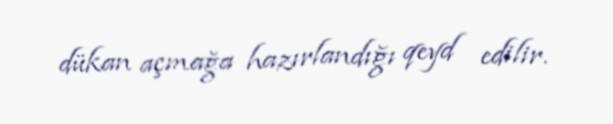
dükan açmağa hazırlandığı qeyd edilir.